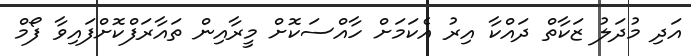
އަދި މުދަލު ޒަކާތް ދައްކާ އިރު އެކަމަށް ހާއްސަކޮށް މީރާއިން ތައާރަފްކޮށްފައިވާ ފޯމް